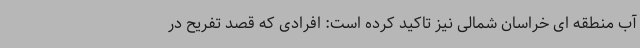
آب منطقه ای خراسان شمالی نیز تاکید کرده است: افرادی که قصد تفریح در